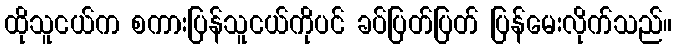
ထိုသူငယ်က စကားပြန်သူငယ်ကိုပင် ခပ်ပြတ်ပြတ် ပြန်မေးလိုက်သည်။